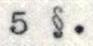
5 §.